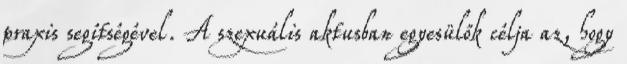
praxis segítségével. A szexuális aktusban egyesülők célja az, hogy